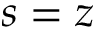
s = z